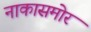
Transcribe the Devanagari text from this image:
नाकासमोर